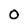
Character: 0